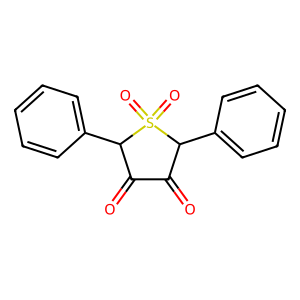
SMILES: O=C1C(=O)C(c2ccccc2)S(=O)(=O)C1c1ccccc1
Inhibits HIV replication: No